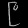
Digit: ၉